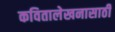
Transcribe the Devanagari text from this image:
कवितालेखनासाठी